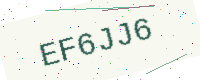
Text: EF6JJ6